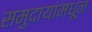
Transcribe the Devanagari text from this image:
समुदायांमधून